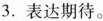
3.表达期待。